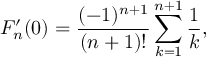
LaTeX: F _ { n } ^ { \prime } ( 0 ) = \frac { ( - 1 ) ^ { n + 1 } } { ( n + 1 ) ! } \sum _ { k = 1 } ^ { n + 1 } \frac 1 k ,